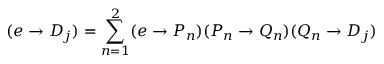
( e \rightarrow D _ { j } ) = \sum _ { n = 1 } ^ { 2 } ( e \rightarrow P _ { n } ) ( P _ { n } \rightarrow Q _ { n } ) ( Q _ { n } \rightarrow D _ { j } )